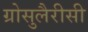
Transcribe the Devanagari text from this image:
ग्रोसुलैरीसी